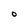
Character: O